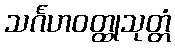
သင်္ဂဟဝတ္ထုသုတ္တံ